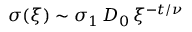
\sigma ( \xi ) \sim \sigma _ { 1 } \, D _ { 0 } \, \xi ^ { - t / \nu }